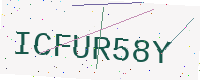
Text: ICFUR58Y